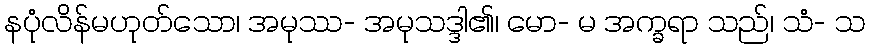
နပုံလိန်မဟုတ်သော၊ အမုဿ- အမုသဒ္ဒါ၏၊ မော- မ အက္ခရာ သည်၊ သံ- သ